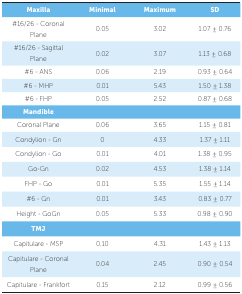
| Maxilla | Minimal | Maximum | SD |
 | --- | --- | --- | --- |
 | #16/26 - Coronal Plane | 0.05 | 3.02 | 1.07 ± 0.76 |
 | #16/26 - Sagittal Plane | 0.02 | 3.07 | 1.13 ± 0.68 |
 | #6 - ANS | 0.06 | 2.19 | 0.93 ± 0.64 |
 | #6 - MHP | 0.01 | 5.43 | 1.50 ± 1.38 |
 | #6 - FHP | 0.05 | 2.52 | 0.87 ± 0.68 |
 | <COLSPAN=4> Mandible |
 | Coronal Plane | 0.06 | 3.65 | 1.15 ± 0.81 |
 | Condylion - Gn | 0 | 4.33 | 1.37 ± 1.11 |
 | Condylion - Go | 0.01 | 4.01 | 1.38 ± 0.95 |
 | Go-Gn | 0.02 | 4.53 | 1.38 ± 1.14 |
 | FHP - Go | 0.01 | 5.35 | 1.55 ± 1.14 |
 | #6 - Gn | 0.01 | 3.43 | 0.83 ± 0.77 |
 | Height - GoGn | 0.05 | 5.33 | 0.98 ± 0.90 |
 | <COLSPAN=4> TMJ |
 | Capitulare - MSP | 0.10 | 4.31 | 1.43 ± 1.13 |
 | Capitulare - Coronal Plane | 0.04 | 2.45 | 0.90 ± 0.54 |
 | Capitulare - Frankfort | 0.15 | 2.12 | 0.99 ± 0.56 |